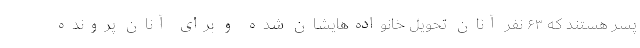
پسر هستند که ۶۳ نفر آنان تحویل خانواده‌هایشان شده‌ و برای آنان پرونده